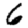
Digit: 6